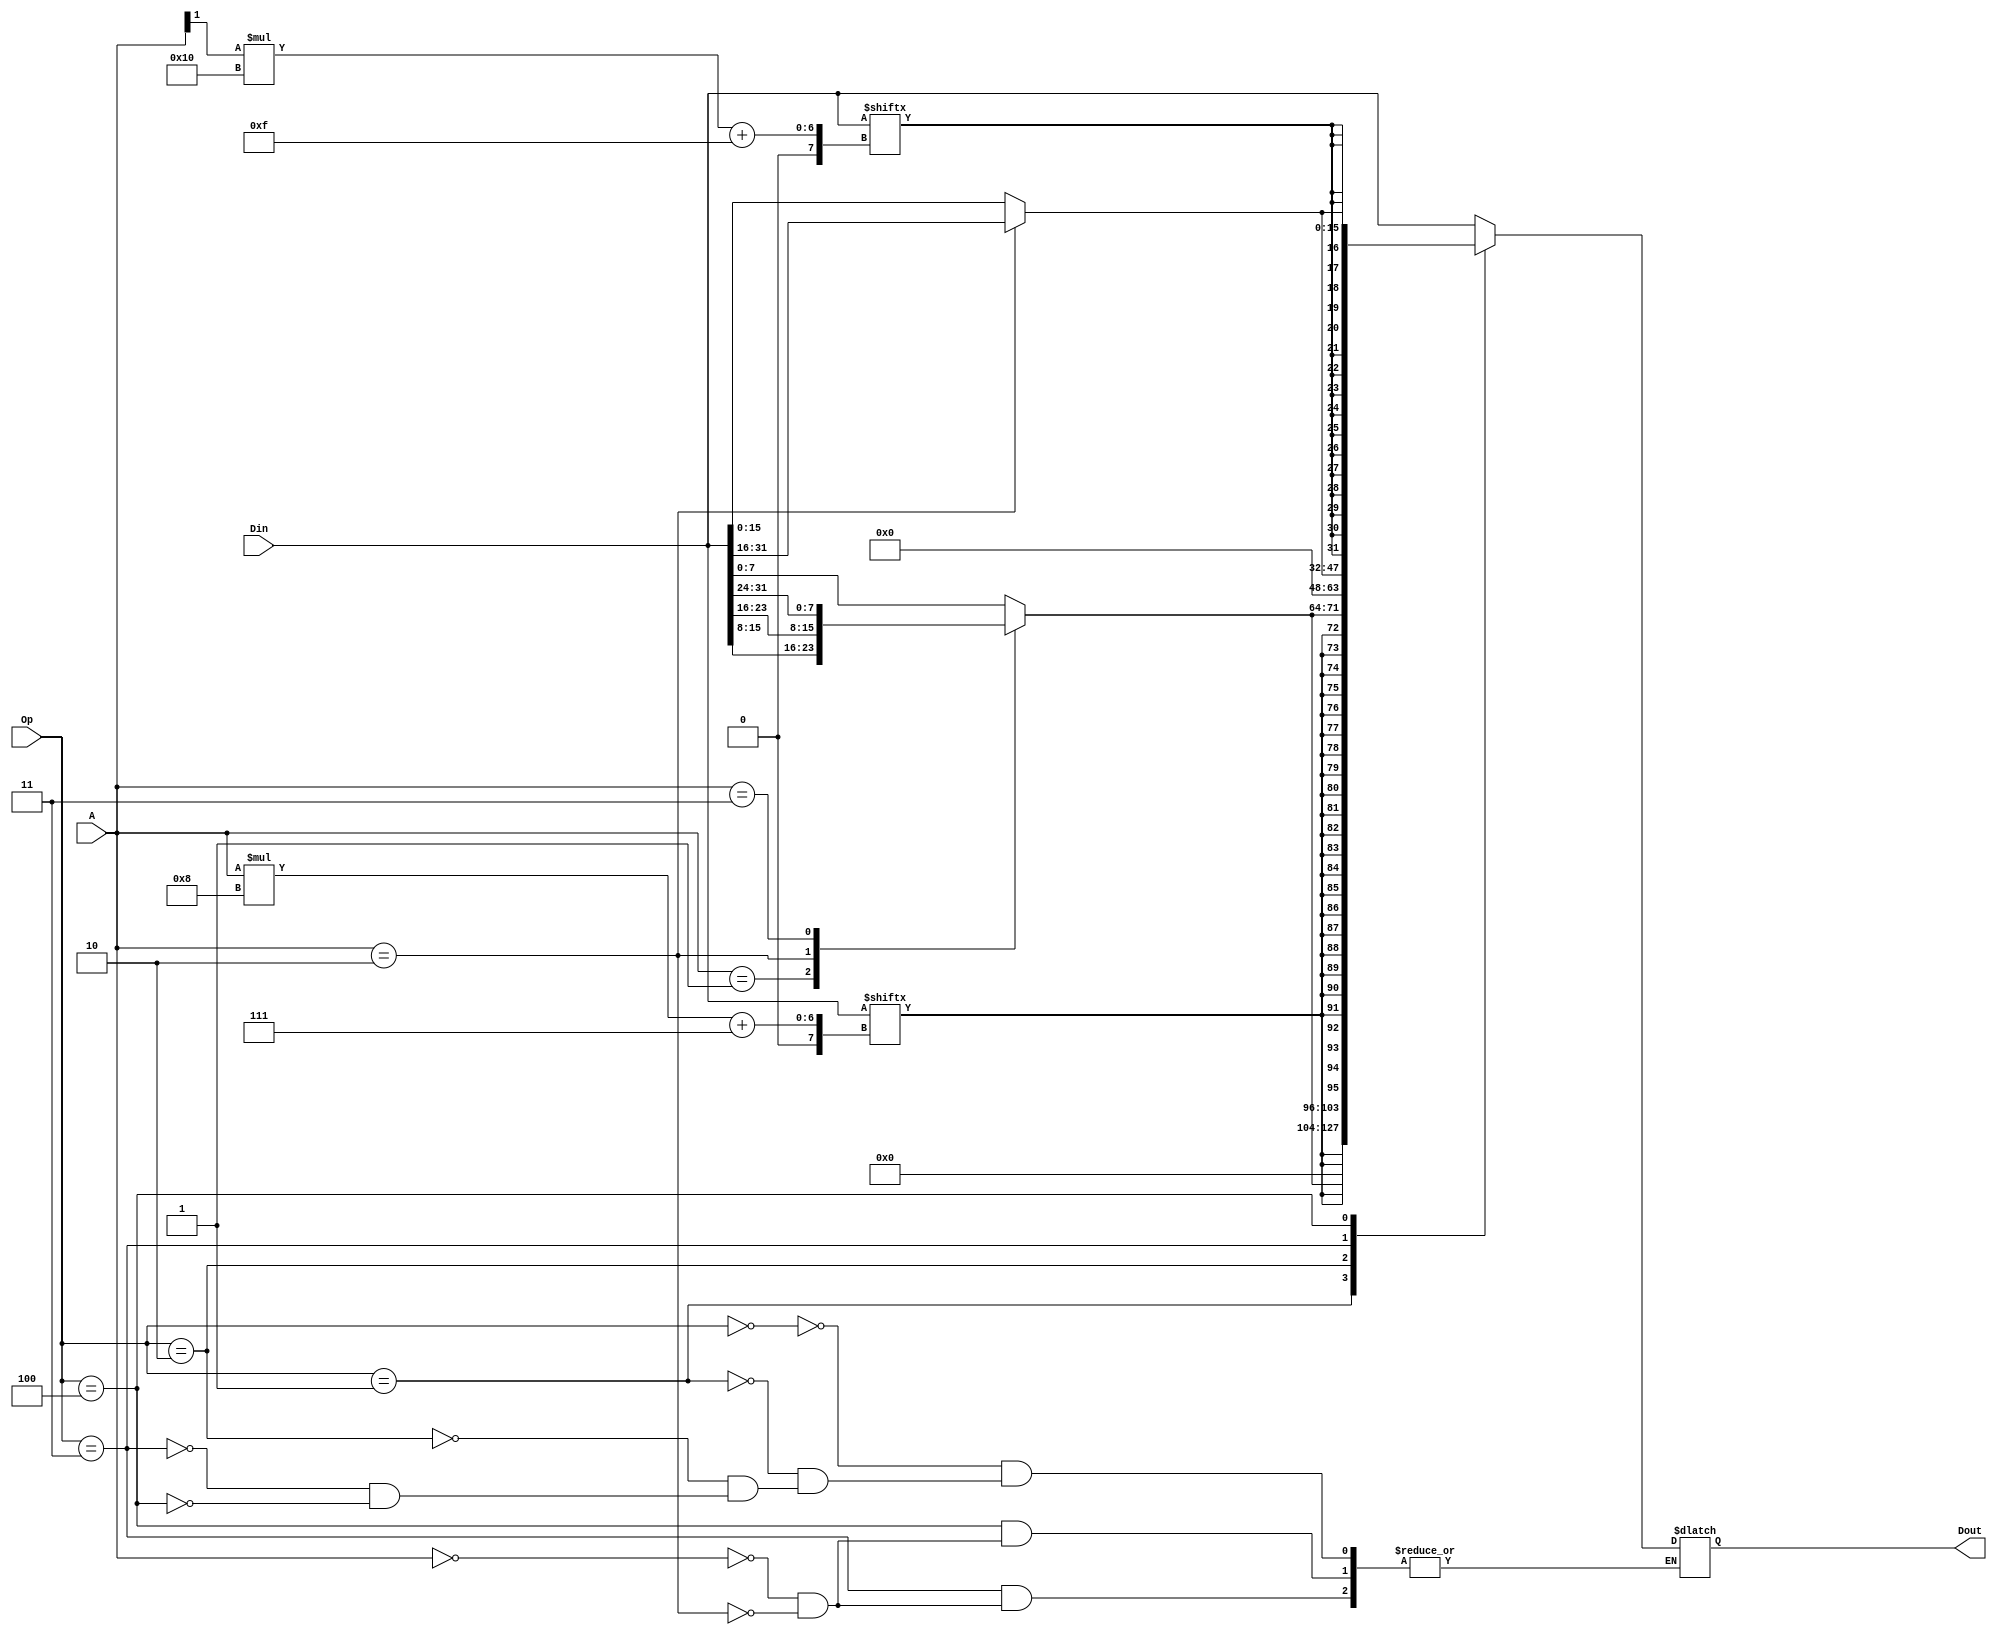
module data_ext(
    input [1:0] A,
	 input [31:0] Din,
	 input [2:0] Op,
	 output reg [31:0] Dout
	 );
	 wire sign_byte = Din[A*8+7];
	 wire sign_half = Din[A[1]*16+15];
	 wire [31:0] a ={16*{sign_half},Din[31:16]};
	 always@(*)begin
	     case(Op)
		      3'b000:begin
				    Dout <= Din;
				end
				3'b001:begin
				    case(A)
					     2'b00: Dout <= {24'b0,Din[7:0]};
						  2'b01: Dout <= {24'b0,Din[15:8]};
						  2'b10: Dout <= {24'b0,Din[23:16]};
						  2'b11: Dout <= {24'b0,Din[31:24]};
					 endcase
				end
				3'b010:begin
				    case(A)
					     2'b00: Dout <= {{24{sign_byte}},Din[7:0]};
						  2'b01: Dout <= {{24{sign_byte}},Din[15:8]};
						  2'b10: Dout <= {{24{sign_byte}},Din[23:16]};
						  2'b11: Dout <= {{24{sign_byte}},Din[31:24]};
					 endcase
				end
				3'b011:begin
				    case(A)
					     2'b00: Dout <= {16'b0,Din[15:0]};
						  2'b10: Dout <= {16'b0,Din[31:16]};
					 endcase
				end
				3'b100:begin
				    case(A)
					     2'b00: Dout <= {{16{sign_half}},Din[15:0]};
						  2'b10: Dout <= {{16{sign_half}},Din[31:16]};
					 endcase
				end
		  endcase
	 end


endmodule